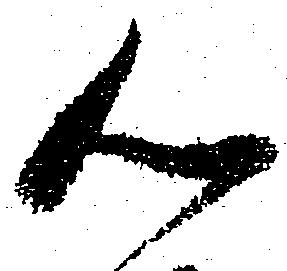
心